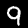
Label: 9